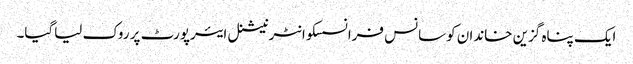
ایک پناہ گزین خاندان کوسانس فرانسسکوانٹرنیشنل ایئرپورٹ پر روک لیاگیا۔